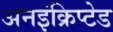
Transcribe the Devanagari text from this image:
अनइंक्रिप्टेड